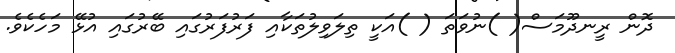
ދޮން ރީނދޫމަސް( )ނުވަތަ ( )އަކީ ތިލަވިލުތަކާއި ފަރުފަރުގައި ބޭރުގައި އުޅޭ މަހެކެވެ.